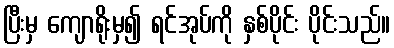
ပြီးမှ ကျောရိုးမှ၍ ရင်အုပ်ကို နှစ်ပိုင်း ပိုင်းသည်။